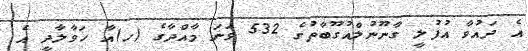
އެ ދައުވާ އުފުލީ ގާނޫނުލްއުގޫބާތުގެ 532 ވަނަ މާއްދާގެ (ހ)އާ ހަވާލާދީ އެ